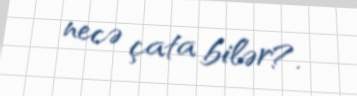
necə çata bilər?.